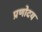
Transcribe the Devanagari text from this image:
प्रणोदय